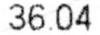
36.04